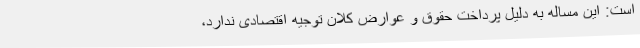
است: این مساله به دلیل پرداخت حقوق و عوارض کلان توجیه اقتصادی ندارد،